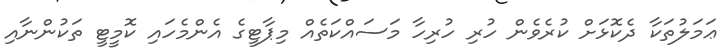
ޢަމަލުތަކާ ދެކޮޅަށް ކުރެވެން ހުރި ހުރިހާ މަސައްކަތެއް މިޕާޓީގެ އެންމެހައި ކޮމީޓީ ތަކުންނާއި